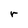
Character: r